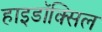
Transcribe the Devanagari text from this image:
हाइडॉक्सिल